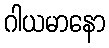
ဂါယမာနော